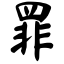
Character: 罪